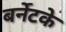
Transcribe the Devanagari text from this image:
बर्नेटके